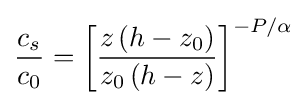
{\frac {c_{s}}{c_{0}}}=\left[{\frac {z\left(h-z_{0}\right)}{z_{0}\left(h-z\right)}}\right]^{-P/\alpha }